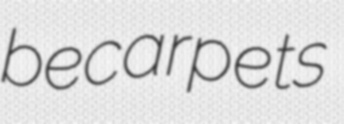
becarpets